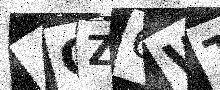
Text: 4OZ6WT